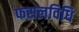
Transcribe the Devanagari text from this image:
फसलविधि